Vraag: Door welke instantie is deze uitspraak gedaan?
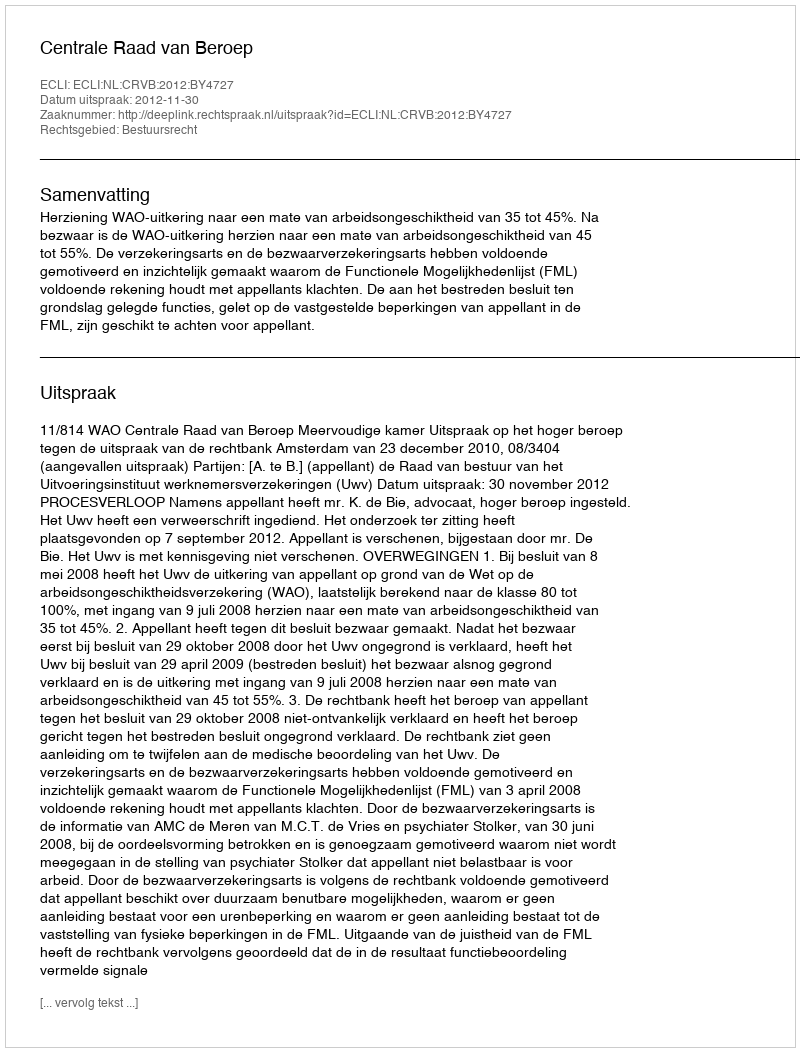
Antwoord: Centrale Raad van Beroep